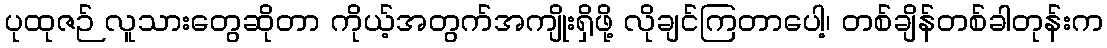
ပုထုဇဉ် လူသားတွေဆိုတာ ကိုယ့်အတွက်အကျိုးရှိဖို့ လိုချင်ကြတာပေါ့၊ တစ်ချိန်တစ်ခါတုန်းက